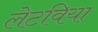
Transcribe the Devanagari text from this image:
लेटविया